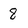
Character: 8